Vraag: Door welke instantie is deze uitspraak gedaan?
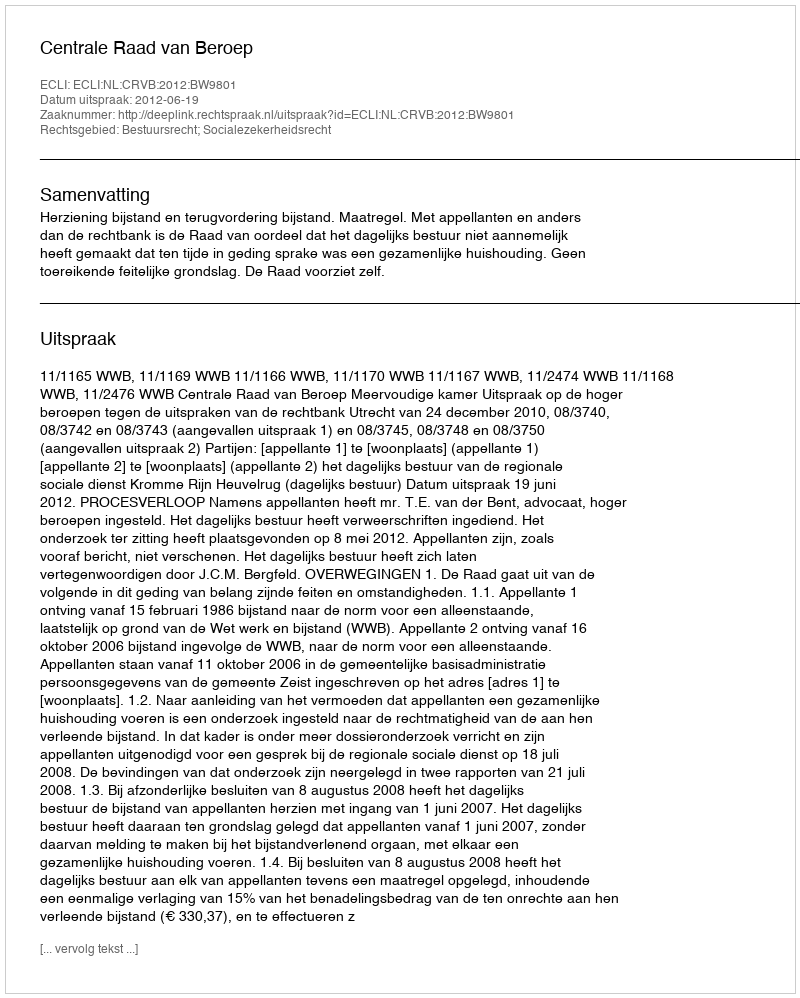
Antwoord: Centrale Raad van Beroep